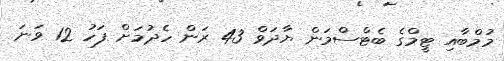
މުމްބާއި ޓީމްގެ ބެޓްސްމަން ޔާދަވް 43 ރަން ހެދުމަށް ފަހު 12 ވަނަ